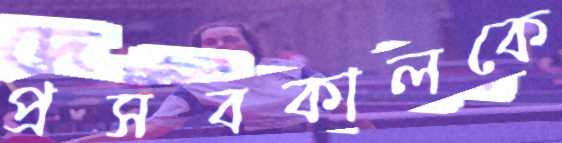
প্রসবকালকে